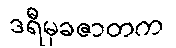
ဒရီမုခဇာတက